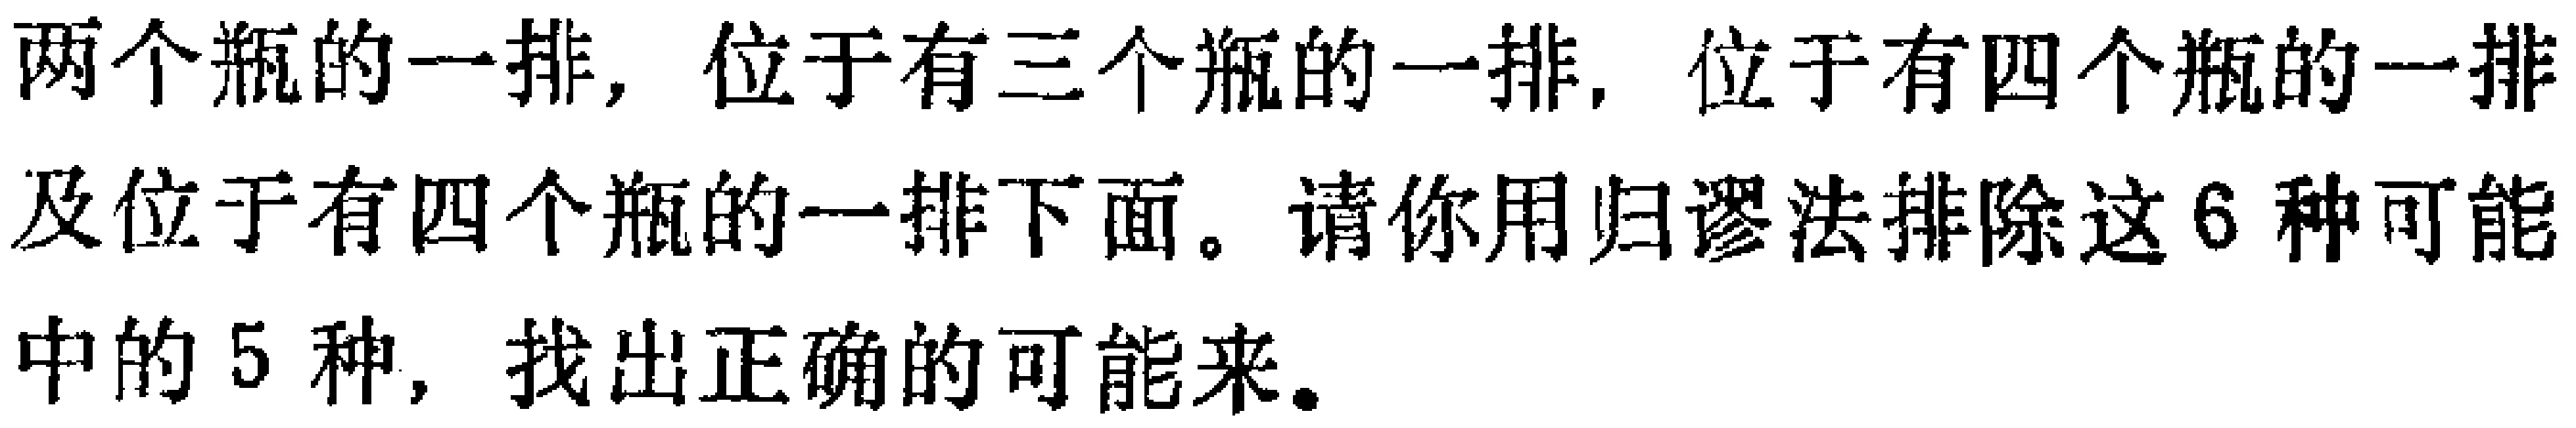
两个瓶的一排, 位于有三个瓶的一排, 位于有四个瓶的一排及位于有四个瓶的一排下面。请你用归谬法排除这6种可能中的5种, 找出正确的可能来。